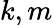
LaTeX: k,m